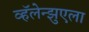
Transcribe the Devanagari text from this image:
व्हॅलेन्झुएला